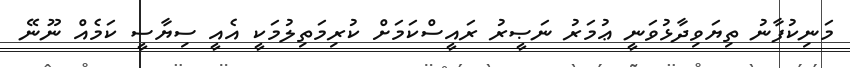
މަނިކުފާނު ތިޔަވިދާޅުވަނީ ޢުމަރު ނަޞީރު ރައީސްކަމަށް ކުރިމަތިލުމަކީ އެއީ ސިޔާސީ ކަމެއް ނޫނޭ